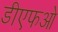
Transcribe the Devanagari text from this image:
डीएफओ